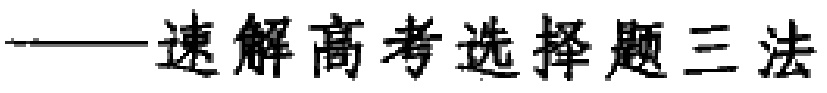
——速解高考选择题三法